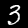
Label: 3